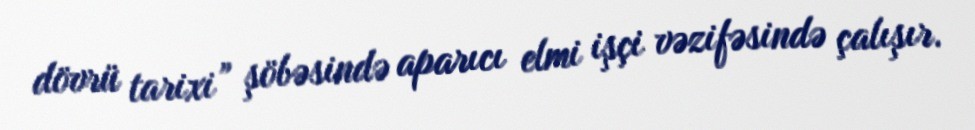
dövrü tarixi” şöbəsində aparıcı elmi işçi vəzifəsində çalışır.